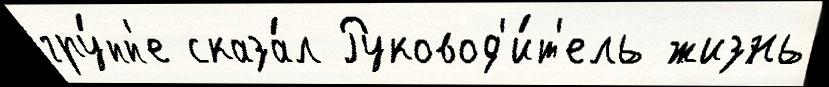
гру́пп'е сказа́л Руковод'и́т'ель жизнь